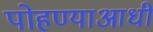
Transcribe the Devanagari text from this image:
पोहण्याआधी